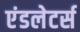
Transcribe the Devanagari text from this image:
एंडलेटर्स